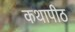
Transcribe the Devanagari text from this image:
कथापीठ